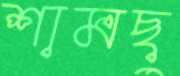
শামছু